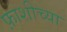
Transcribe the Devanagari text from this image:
फ़ाशीच्या